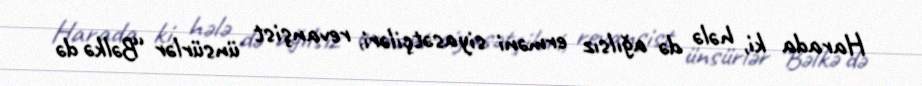
Harada ki, hələ də ağılsız erməni siyasətçiləri, revanşist ünsürlər “Bəlkə də